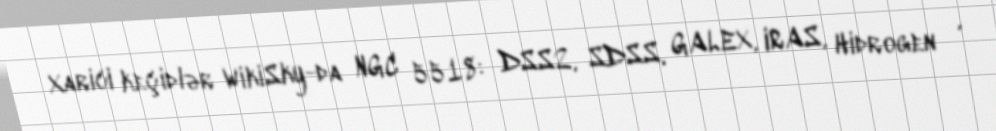
Xarici keçidlər WikiSky-da NGC 5518: DSS2, SDSS, GALEX, IRAS, Hidrogen α,